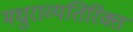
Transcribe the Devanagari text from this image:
मधुराव्यतिरिक्त